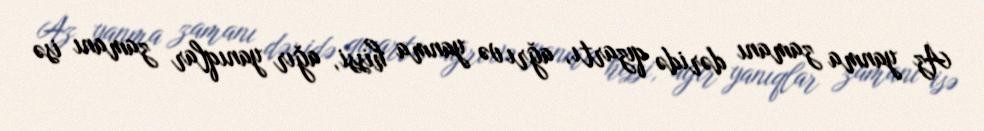
Az yanma zamanı dəridə qızartı, ağrı və yanma hissi, ağır yanıqlar zamanı isə